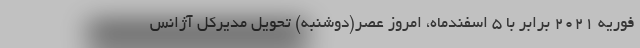
فوریه ۲۰۲۱ برابر با ۵ اسفندماه، امروز عصر(دوشنبه) تحویل مدیرکل آژانس